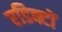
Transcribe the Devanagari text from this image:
एडिक्टों